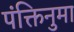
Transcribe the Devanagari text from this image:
पंक्तिनुमा